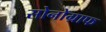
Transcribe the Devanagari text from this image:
सोनोग्राफ